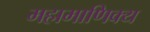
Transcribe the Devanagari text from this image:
महामाणिक्य